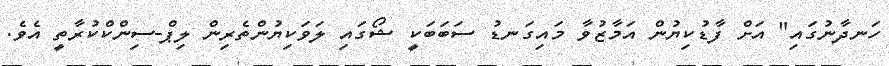
ހަނދާނުގައި" އަށް ފާޑުކިޔުން އަމާޒުވާ މައިގަނޑު ސަބަބަކީ ޝޯގައި ލަވަކިޔުންތެރިން ލިޕް-ސިންކްކުރާތީ އެވެ.